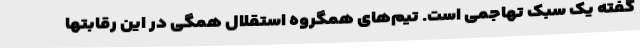
گفته یک سبک تهاجمی است. تیم‌های همگروه استقلال همگی در این رقابتها